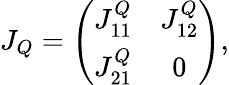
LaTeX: J_{Q}=\left(\begin{array}{cc}{J_{11}^{Q}}&{J_{12}^{Q}}\\ {J_{21}^{Q}}&{0}\end{array}\right),